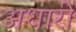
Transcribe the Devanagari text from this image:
अधारी